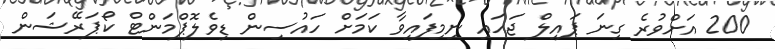
200 އަށްވުރެ ގިނަ ޕައިލް ޖަހައި ނިމިފައިވާ ކަމަށް ހައުސިން ޑިވެލޮޕްމަންޓް ކޯޕަރޭޝަން